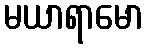
မယာရာမော